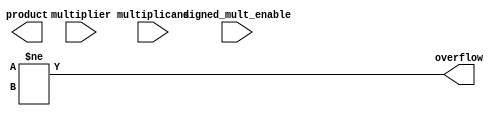
module booth_multiplier (
    input signed [15:0] multiplicand,
    input signed [15:0] multiplier,
    input signed signed_mult_enable,
    input signed signed_mult_enable,
    output [31:0] product,
    output overflow
);

    reg signed mult_enable;
    reg [15:0] a, b;
    reg [31:0] partial_product;
    assign overflow = (product[31] != product[30]);

    always @ (posedge clk) begin
        if (signed_mult_enable) begin
            mult_enable <= 1;
        end else if (unsigned_mult_enable) begin
            mult_enable <= 0;
        end
        
        if (mult_enable) begin
            a <= multiplicand;
            b <= multiplier;
        end else begin
            a <= $signed(multiplicand);
            b <= $signed(multiplier);
        end
        
        partial_product <= a * b;
    end

endmodule